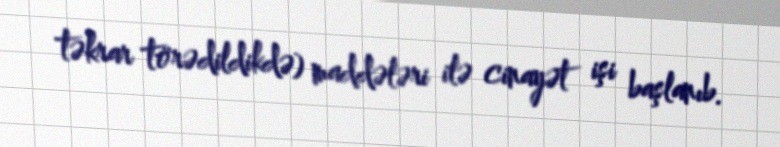
təkrar törədildikdə) maddələri ilə cinayət işi başlanıb.